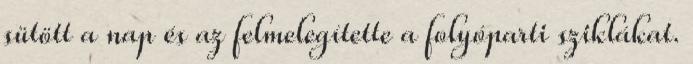
sütött a nap és az felmelegítette a folyóparti sziklákat.